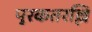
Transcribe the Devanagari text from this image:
पूरकतरल्लि